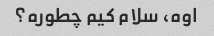
اوه، سلام کیم چطوره؟